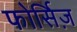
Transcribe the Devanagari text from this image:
फोर्सिज़